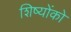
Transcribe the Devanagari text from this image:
शिष्योंको